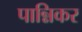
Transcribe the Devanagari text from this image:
पान्निकर